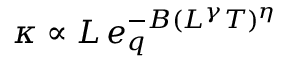
\kappa \propto L \, e _ { q } ^ { - B ( L ^ { \gamma } T ) ^ { \eta } }